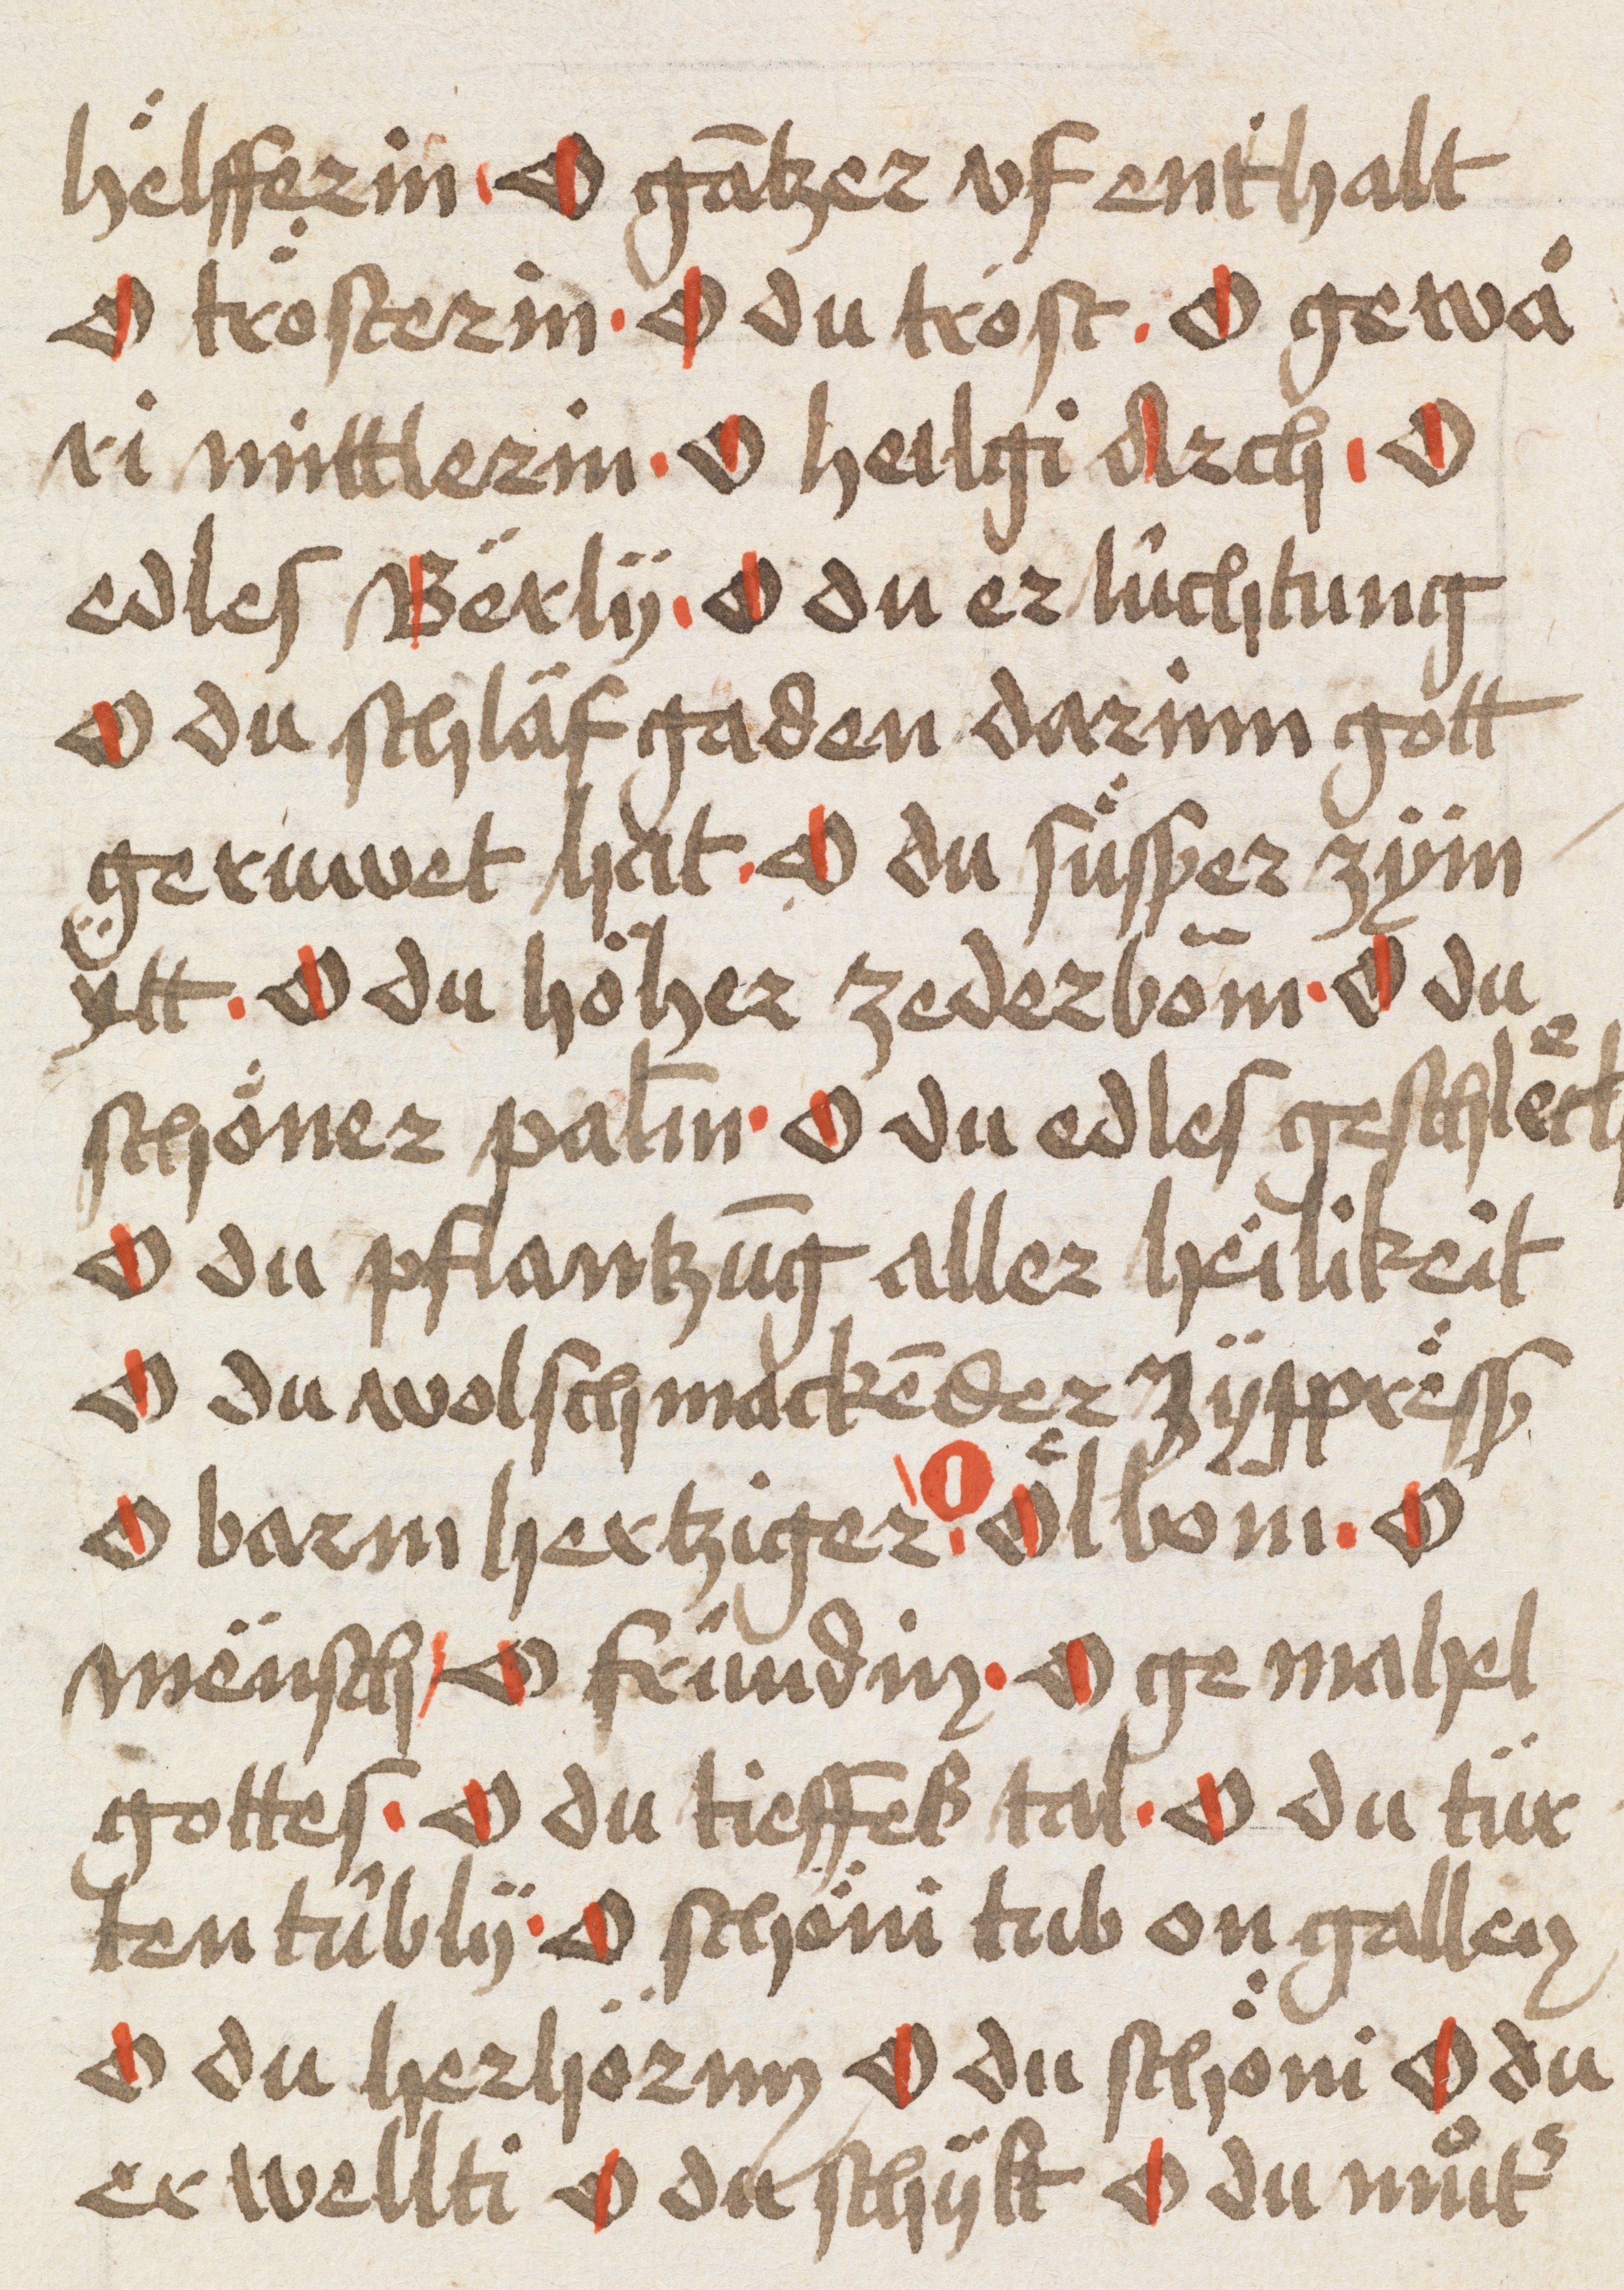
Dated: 1493–1493